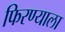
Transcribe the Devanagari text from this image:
फिरण्याला